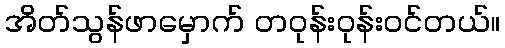
အိတ်သွန်ဖာမှောက် တဝုန်းဝုန်းဝင်တယ်။